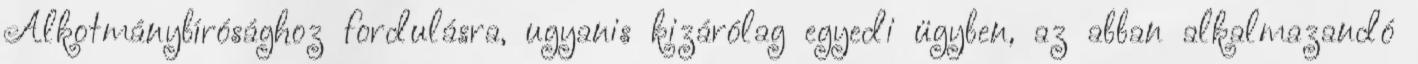
Alkotmánybírósághoz fordulásra, ugyanis kizárólag egyedi ügyben, az abban alkalmazandó